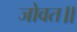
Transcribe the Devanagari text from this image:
जोवत॥